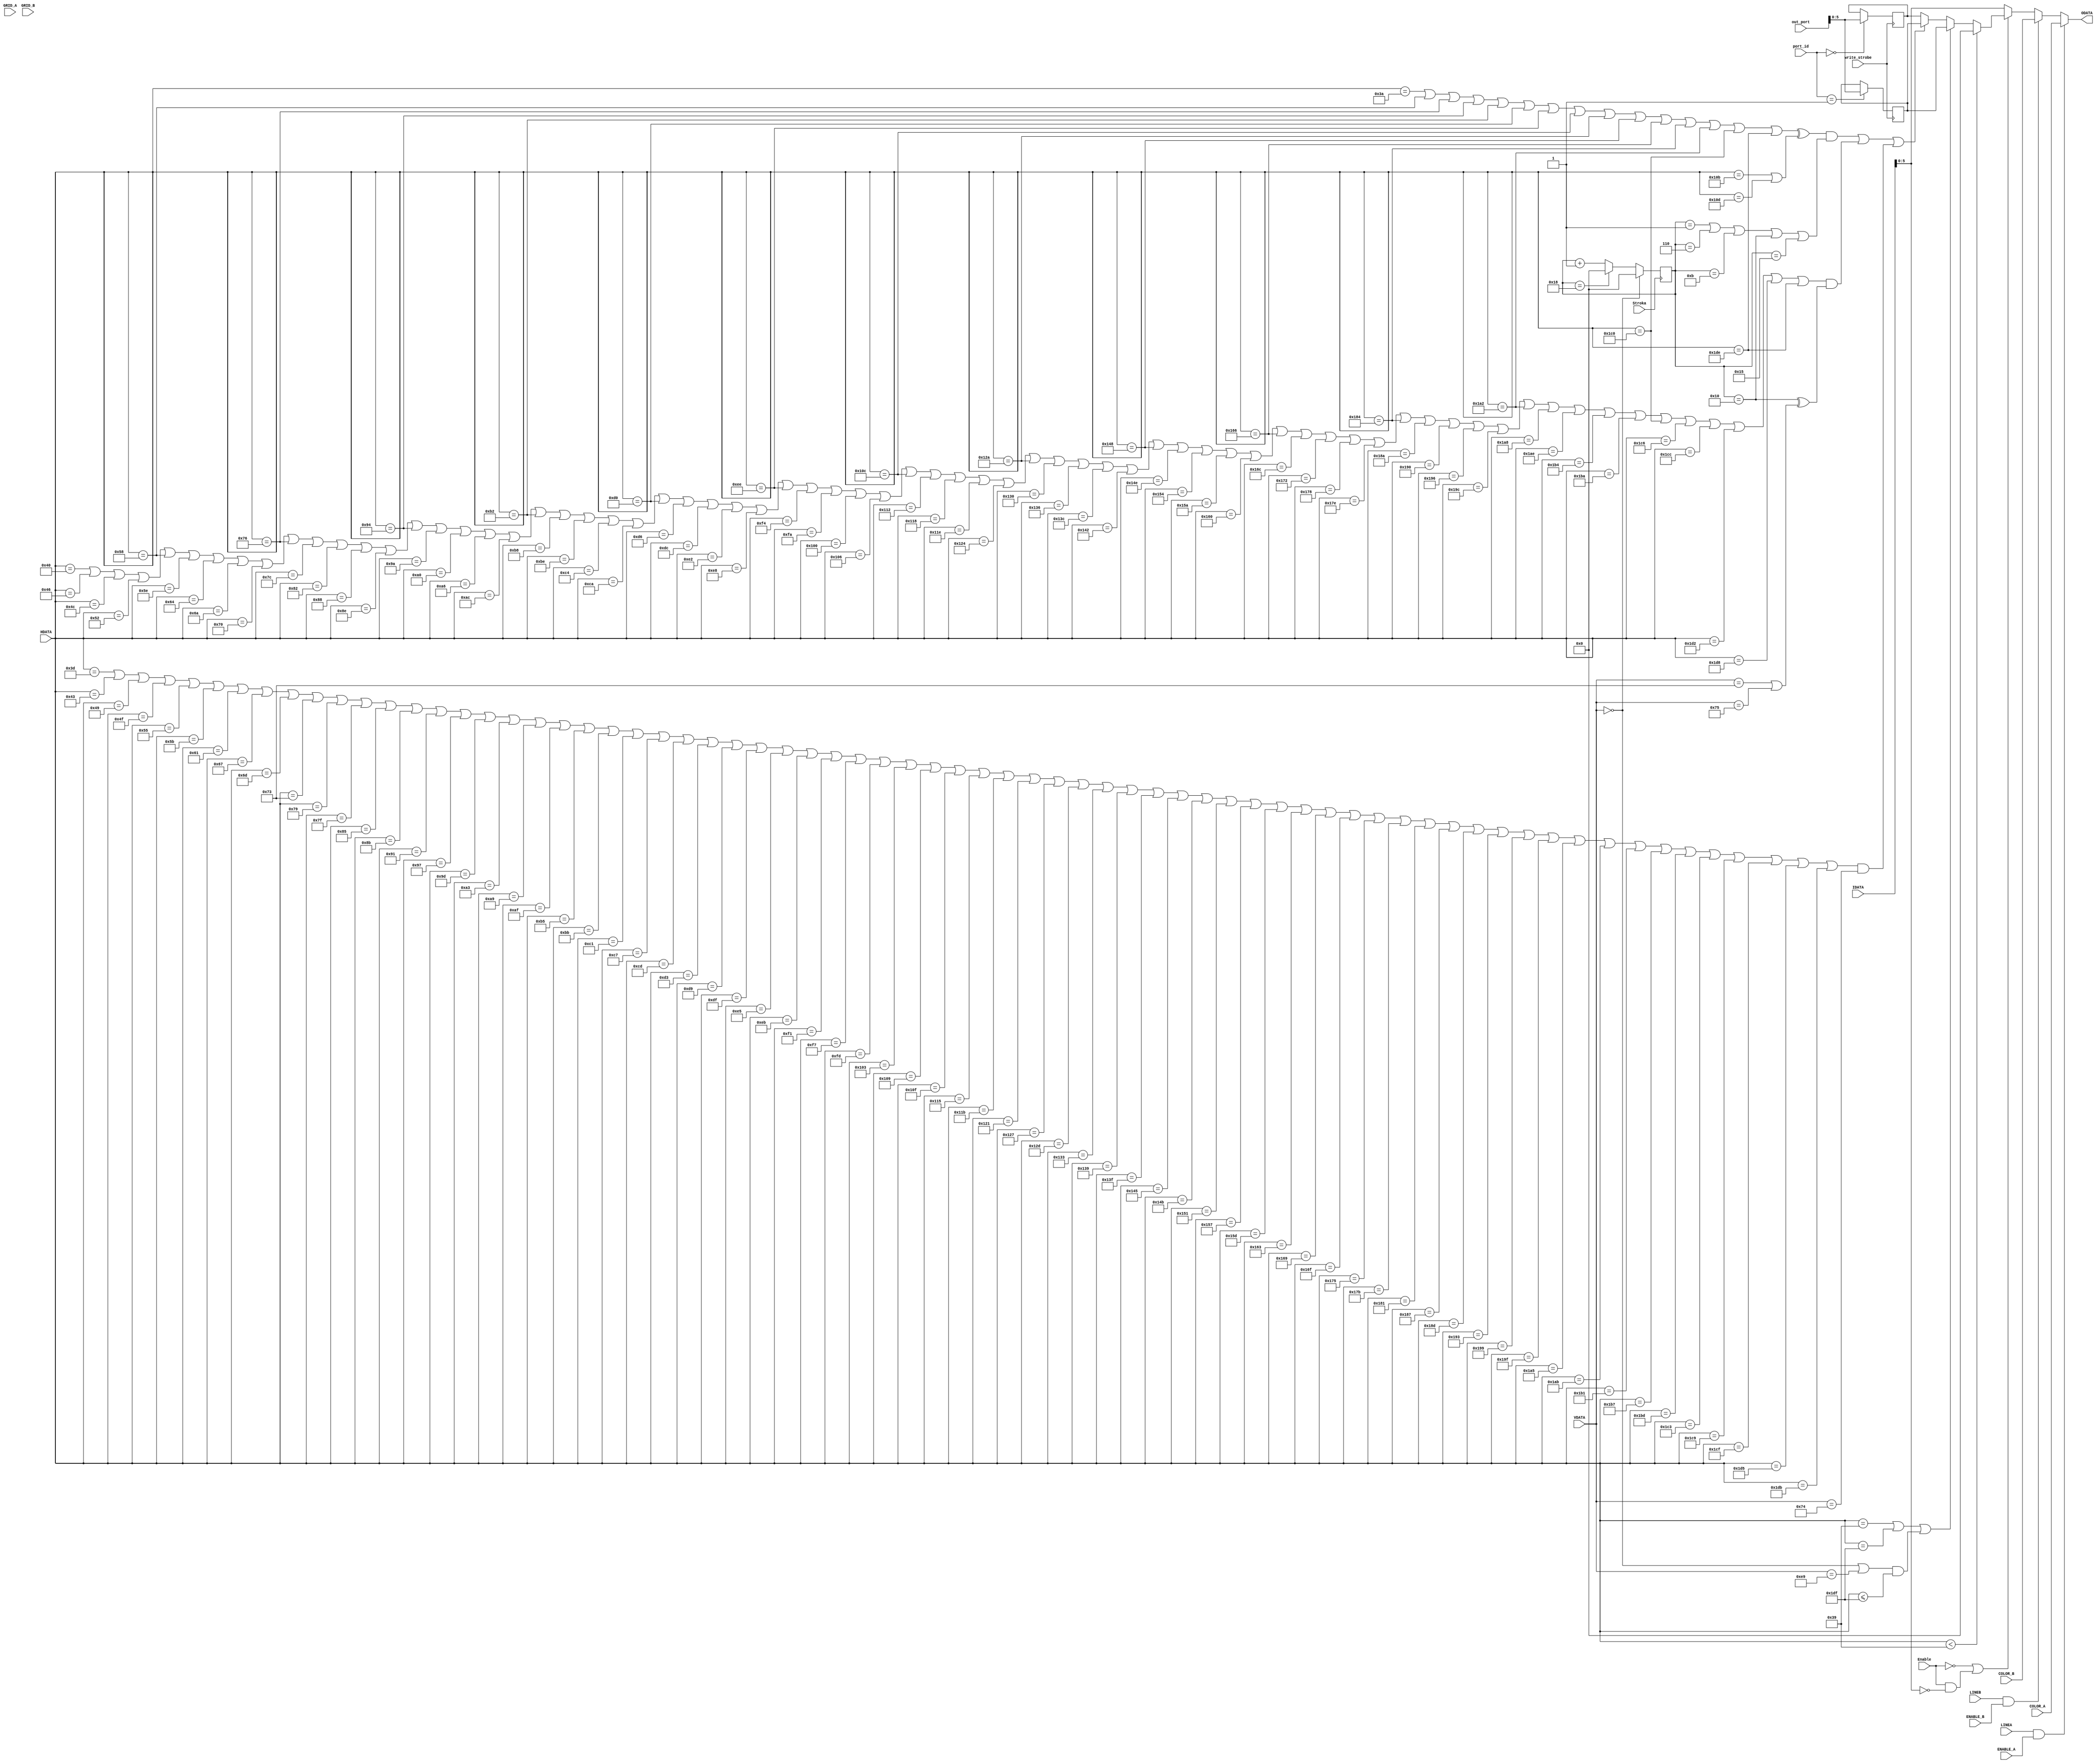
`timescale 1ns / 1ps
//////////////////////////////////////////////////////////////////////////////////
// Description:  ,     
// Master: Maxim
//////////////////////////////////////////////////////////////////////////////////
module grid(

    // block write
    input [7:0] port_id,
    input [7:0] out_port,
    input write_strobe,

    input  Enable,
    input  Stroka, // Positive impuls stroka
  
  input  LINEA,
  input  LINEB,
  input  ENABLE_A,
  input  ENABLE_B,
  input GRID_A,
  input GRID_B,
  
  input wire [5:0] COLOR_A,
  input wire [5:0] COLOR_B,
  
    input  [7:0] IDATA,
    output [5:0] ODATA,
    input  [8:0] HDATA,
    input  [8:0] VDATA
);

parameter BASE = 0;

reg [5:0] cnt;

// colors
reg [5:0] c0;
reg [5:0] c1;

// Write in registers
always @ (posedge write_strobe)
begin
  if (port_id == BASE + 0)
  begin
    c0[5:0] <= out_port[5:0];
  end
  if (port_id == BASE + 1)
  begin
    c1[5:0] <= out_port[5:0];
  end
end


//............................................
always @ (posedge Stroka) 
begin
  if (VDATA == 9'b0)
  begin
    cnt <= 0;
  end else begin
    if (cnt == 24)//24
  begin
    cnt <= 0;
  end else begin
    cnt <= cnt + 1;
  end
  end
end
// 
//  .  255
wire vert = (HDATA == 58 || HDATA ==  88 || HDATA == 118 || HDATA == 148
         || HDATA == 178 || HDATA == 208 || HDATA == 238 || HDATA == 268
         || HDATA == 298 || HDATA == 328 || HDATA == 358 || HDATA == 388 
         || HDATA == 418 || HDATA == 448 || HDATA == 478 ) 
        ^|( HDATA == 267 || HDATA == 269 ) // . . 
         && ( cnt == 1 || cnt == 6 || cnt == 11 || cnt == 16 || cnt == 21 ) ;

wire hor = (HDATA ==  64 || HDATA ==  70 || HDATA ==  76 || HDATA ==  82 || HDATA == 88 
         || HDATA ==  94 || HDATA == 100 || HDATA == 106 || HDATA == 112 || HDATA == 118   
         || HDATA == 124 || HDATA == 130 || HDATA == 136 || HDATA == 142 || HDATA == 148
         || HDATA == 154 || HDATA == 160 || HDATA == 166 || HDATA == 172 || HDATA == 178
         || HDATA == 184 || HDATA == 190 || HDATA == 196 || HDATA == 202 || HDATA == 208
         || HDATA == 214 || HDATA == 220 || HDATA == 226 || HDATA == 232 || HDATA == 238 
         || HDATA == 244 || HDATA == 250 || HDATA == 256 || HDATA == 262 || HDATA == 268      
         || HDATA == 274 || HDATA == 280 || HDATA == 286 || HDATA == 292 || HDATA == 298
         || HDATA == 304 || HDATA == 310 || HDATA == 316 || HDATA == 322 || HDATA == 328
         || HDATA == 334 || HDATA == 340 || HDATA == 346 || HDATA == 352 || HDATA == 358
         || HDATA == 364 || HDATA == 370 || HDATA == 376 || HDATA == 382 || HDATA == 388
         || HDATA == 394 || HDATA == 400 || HDATA == 406 || HDATA == 412 || HDATA == 418
         || HDATA == 424 || HDATA == 430 || HDATA == 436 || HDATA == 442 || HDATA == 448
         || HDATA == 454 || HDATA == 460 || HDATA == 466 || HDATA == 472 || HDATA == 478) 
         && ( cnt == 16 ) ^| (VDATA == 115 || VDATA == 117 ); //. . 

wire hor1 = (HDATA == 61 || HDATA ==  67 || HDATA ==  73 || HDATA == 79  || HDATA == 85 
         || HDATA ==  91 || HDATA ==  97 || HDATA == 103 || HDATA == 109 || HDATA == 115   
         || HDATA == 121 || HDATA == 127 || HDATA == 133 || HDATA == 139 || HDATA == 145
         || HDATA == 151 || HDATA == 157 || HDATA == 163 || HDATA == 169 || HDATA == 175
         || HDATA == 181 || HDATA == 187 || HDATA == 193 || HDATA == 199 || HDATA == 205
         || HDATA == 211 || HDATA == 217 || HDATA == 223 || HDATA == 229 || HDATA == 235 
         || HDATA == 241 || HDATA == 247 || HDATA == 253 || HDATA == 259 || HDATA == 265      
         || HDATA == 271 || HDATA == 277 || HDATA == 283 || HDATA == 289 || HDATA == 295
         || HDATA == 301 || HDATA == 307 || HDATA == 313 || HDATA == 319 || HDATA == 325
         || HDATA == 331 || HDATA == 337 || HDATA == 343 || HDATA == 349 || HDATA == 355
         || HDATA == 361 || HDATA == 367 || HDATA == 373 || HDATA == 379 || HDATA == 385
         || HDATA == 391 || HDATA == 397 || HDATA == 403 || HDATA == 409 || HDATA == 415
         || HDATA == 421 || HDATA == 427 || HDATA == 433 || HDATA == 439 || HDATA == 445
         || HDATA == 451 || HDATA == 457 || HDATA == 463 || HDATA == 469 || HDATA == 475) 
         && VDATA == 116 ;//

//ramka                                                                 
wire brd = (HDATA == 57 || HDATA == 479) || ((VDATA == 0 || VDATA == 233) && HDATA <= 479); // Uslovie bordura 1
//right zone
wire blk = HDATA < 57; //
//color                           right zone             ramka                           setka   fon
wire [5:0] color = (blk  == 1'b1) ? (0) : ((brd == 1'b1) ? c1 : (((vert || hor || hor1) == 1'b1) ? c1 : c0)); // Vibiraem color
//yslovie podlojki
wire e = (Enable == 1'b0) || (Enable == 1'b1 && IDATA[5:0] == 6'b0); //
//multiplexor na vivod
wire [5:0] t;
assign t = (e == 1'b1) ? color : IDATA[5:0]; //

//assign ODATA = /* (GRID_A || GRID_B) ? 6'b111111 : (*/(LINEA && ENABLE_A) ? COLOR_A : ((LINEB && ENABLE_B) ? COLOR_B : t);
//assign ODATA = (GRID_B || GRID_A) ? 5'b11011 : ((LINEA && ENABLE_A) ? COLOR_A : ((LINEB && ENABLE_B) ? COLOR_B : t) ) ;
assign ODATA = (LINEA && ENABLE_A) ? COLOR_A : ((LINEB && ENABLE_B) ? COLOR_B : t) ;


// test grid
//assign ODATA = ((HDATA == 0 || HDATA == 239 || HDATA == 479 || VDATA == 0  || VDATA == 119 || VDATA == 233)) ? 5'b11011 : 0;

//  ,,  
//assign ODATA = {( brd || grd || blk)};

initial
begin
  cnt <= 0;
  c0 <= 0;
  c1 <= 1;
end



endmodule